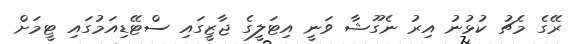
ރޭގެ މެޗު ކުޅުނު އިރު ނެގޫޝާ ވަނީ އިޓަލީގެ ޖާޒީގައި ސްޓޭޑިއަމުގައި ޓީމަށް